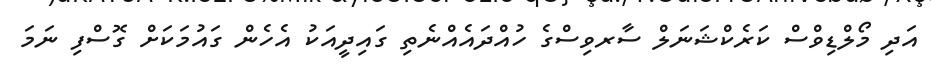
އަދި މޯލްޑިވްސް ކަރެކްޝަނަލް ސާރވިސްގެ ހުއްދައެއްނެތި ގައިދީއަކު އެހެން ގައުމަކަށް ގޮސްފި ނަމަ